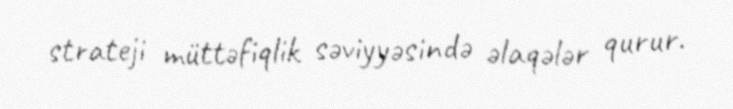
strateji müttəfiqlik səviyyəsində əlaqələr qurur.